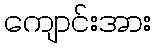
ကျောင်းအား